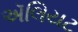
ઍલિયટ